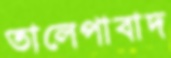
তালেপাবাদ